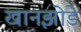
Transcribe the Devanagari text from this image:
खानझोडे